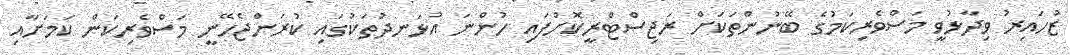
ޒުހައިރު ވިދާޅުވީ މަސްވެރިކަމުގެ ބޭނުންތަކަށް ރަޖިސްޓްރީކޮށްފައި ހުންނަ އުޅަނދުތަކުގައި ކުރަންޖެހޭނީ މަސްވެރިކަން ކަމަށާއި